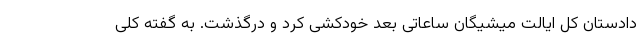
دادستان کل ایالت میشیگان ساعاتی بعد خودکشی کرد و درگذشت. به گفته کلی